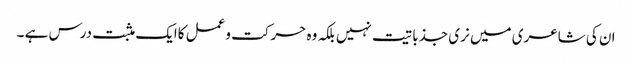
ان کی شاعری میں نری جذباتیت نہیں بلکہ وہ حرکت وعمل کاایک مثبت درس ہے ۔